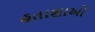
હતાશાઓ